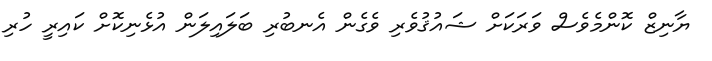
ޔާނިޒް ކޮންމެވެސް ވަރަކަށް ޝައުޤުވެރި ވެގެން އެނބުރި ބަލައިލަން އުޅެނިކޮށް ކައިރީ ހުރި